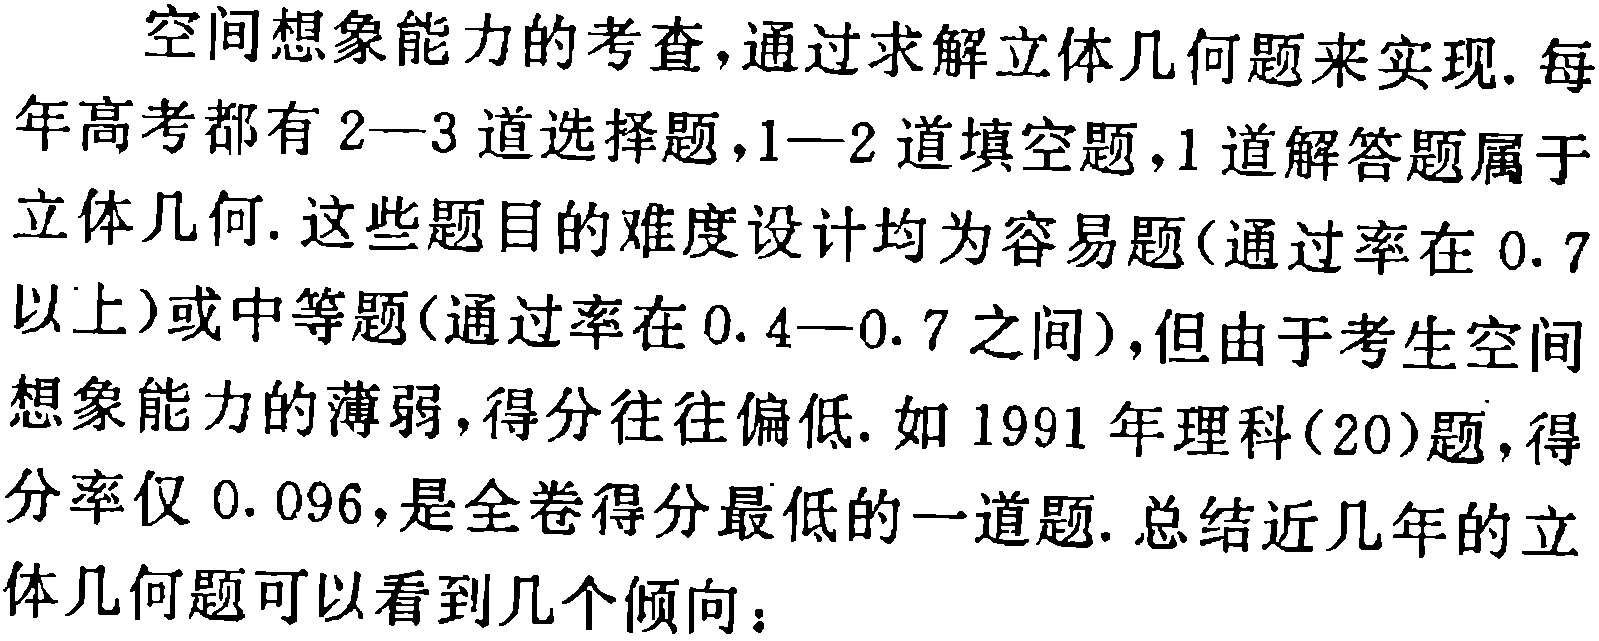
空间想象能力的考查,通过求解立体几何题来实现. 每年高考都有 \(2 - 3\) 道选择题，\(1 - 2\) 道填空题，\(1\) 道解答题属于立体几何. 这些题目的难度设计均为容易题(通过率在 \(0.7\) 以上)或中等题(通过率在 \(0.4 - 0.7\) 之间)，但由于考生空间想象能力的薄弱，得分往往偏低. 如 \(1991\) 年理科\((20)\)题，得分率仅 \(0.096\)，是全卷得分最低的一道题. 总结近几年的立体几何题可以看到几个倾向：